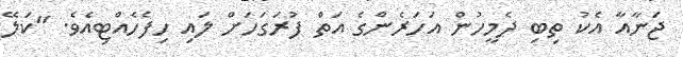
ޖަނާއާ އެކު ތިބި ދެމީހުން އަހަރެންގެ އަތް ފުރަގަހަށް ލައި ހިފެހެއްޓިއެވެ. "ކަލޭ